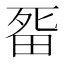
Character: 𭻏